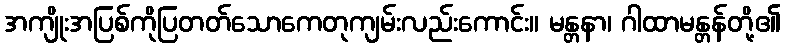
အကျိုးအပြစ်ကိုပြတတ်သောကေတုကျမ်းလည်းကောင်း။ မန္တနာ၊ ဂါထာမန္တန်တို့၏